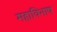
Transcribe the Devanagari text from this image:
महाविभाष